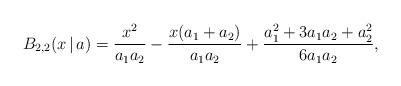
LaTeX: \begin{align*}B_{2,2}(x\,|\,a) =\frac{x^2}{a_1a_2}-\frac{x(a_1+a_2)}{a_1a_2}+\frac{a_1^2+3a_1a_2+a_2^2}{6a_1a_2},\end{align*}